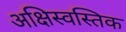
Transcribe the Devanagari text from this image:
अक्षिस्वस्तिक